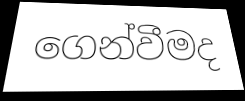
ගෙන්වීමද